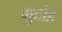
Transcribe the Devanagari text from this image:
मुटोह